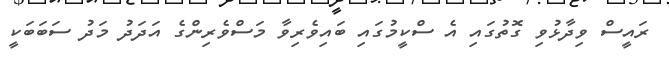
ރައީސް ވިދާޅުވި ގޮތުގައި އެ ސްކީމުގައި ބައިވެރިވާ މަސްވެރިންގެ އަދަދު މަދު ސަބަބަކީ